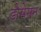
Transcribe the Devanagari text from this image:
डोसेसन